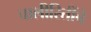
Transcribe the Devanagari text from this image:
चालीरितींचे